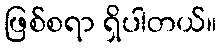
ဖြစ်စရာ ရှိပါတယ်။